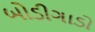
બોડીગાડો